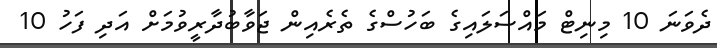
ދެވަަނަ 10 މިނިޓް މައްސަލައިގެ ބަހުސްގެ ތެރެއިން ޖަވާބުދާރީވުމަށް އަދި ފަހު 10